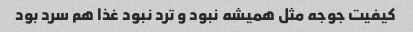
کیفیت جوجه مثل همیشه نبود و ترد نبود غذا هم سرد بود